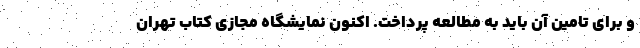
و برای تامین آن باید به مطالعه پرداخت. اکنون نمایشگاه مجازی کتاب تهران